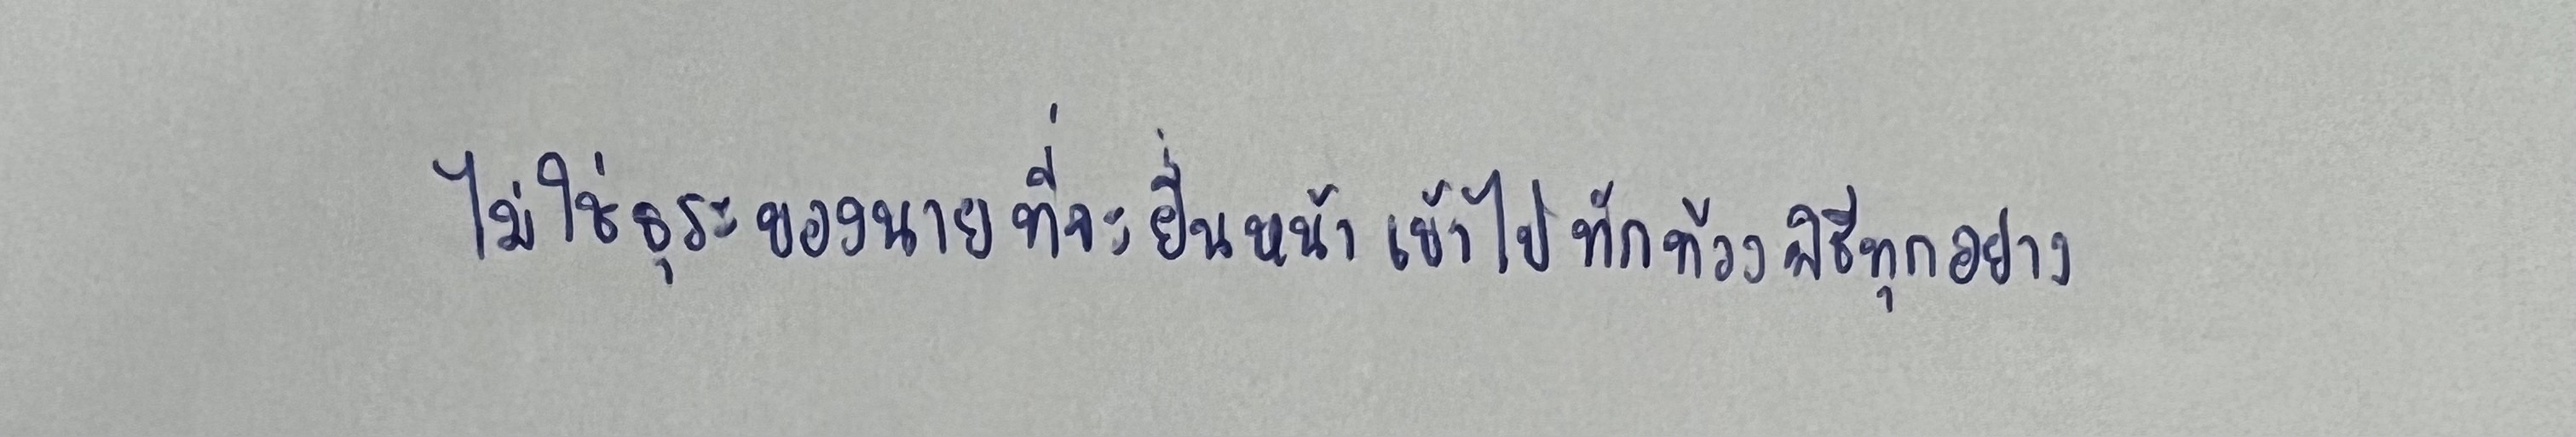
ไม่ใช่ธุระของนายที่จะยื่นหน้าเข้าไปทักท้วงพิธีทุกอย่าง